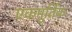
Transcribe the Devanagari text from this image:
एकमूर्तिक